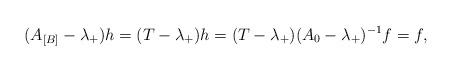
LaTeX: \begin{align*} (A_{[B]}-\lambda_+)h=(T-\lambda_+)h=(T-\lambda_+)(A_0-\lambda_+)^{-1}f=f,\end{align*}